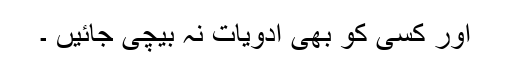
اور کسی کو بھی ادویات نہ بیچی جائیں ۔